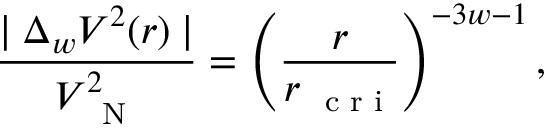
\frac { \mid \Delta _ { w } V ^ { 2 } ( r ) \mid } { V _ { \mathrm { ~ \scriptsize ~ N ~ } } ^ { 2 } } = \left( \frac { r } { r _ { \mathrm { ~ \scriptsize ~ c ~ r ~ i ~ } } } \right) ^ { - 3 w - 1 } ,